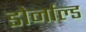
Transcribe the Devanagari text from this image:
डोर्नाल्ड